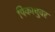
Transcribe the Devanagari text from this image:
पिकाचुवर